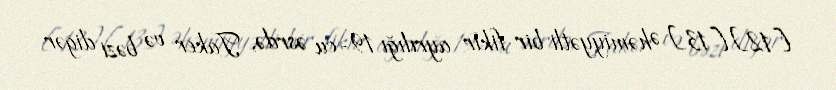
[12][13] Əhəmiyyətli bir fikir ayrılığı 19-cu əsrdə, Taker və bəzi digər